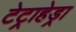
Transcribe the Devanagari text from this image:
टेट्राहेड्रा